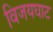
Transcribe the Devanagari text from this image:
विजयघाट